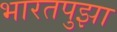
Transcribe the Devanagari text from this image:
भारतपुझा